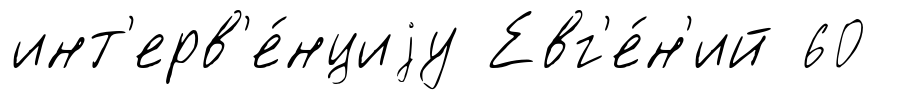
инт'ерв'е́нциjу Евг'е́н'ий 60